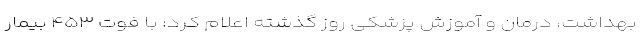
بهداشت، درمان و آموزش پزشکی روز گذشته اعلام کرد: با فوت ۴۵۳ بیمار